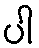
ပါ